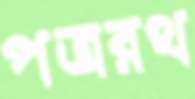
পত্ররথ